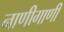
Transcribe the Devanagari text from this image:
नाणीगाणी